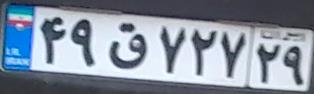
۴۹ق۷۲۷۲۹